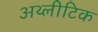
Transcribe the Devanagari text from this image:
अथ्लीटिक